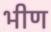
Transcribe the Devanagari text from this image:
भीण